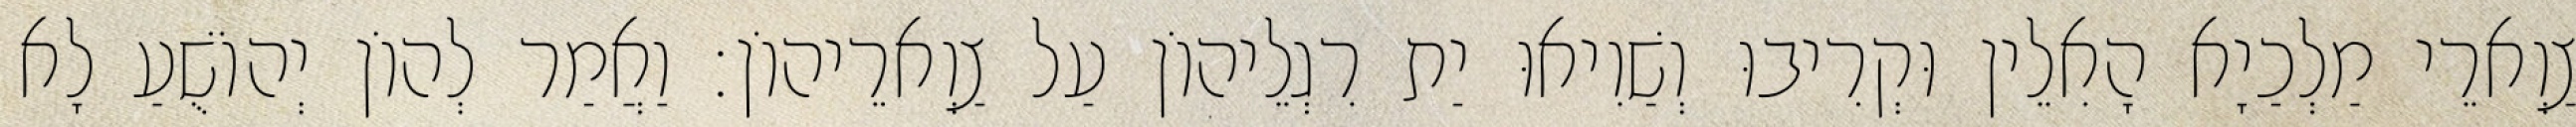
צַוְארֵי מַלְכַיָא הָאִלֵין וּקְרִיבוּ וְשַׁוִיאוּ יַת רִגְלֵיהוֹן עַל צַוְארֵיהוֹן׃ וַאֲמַר לְהוֹן יְהוֹשֻׁעַ לָא